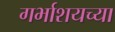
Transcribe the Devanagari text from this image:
गर्भाशयच्या